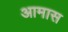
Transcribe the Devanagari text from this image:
आमास